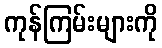
ကုန်ကြမ်းများကို